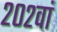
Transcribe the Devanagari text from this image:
२०२वां